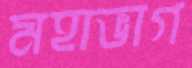
মহাভাগ